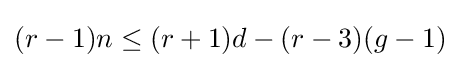
(r-1)n\leq (r+1)d-(r-3)(g-1)